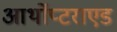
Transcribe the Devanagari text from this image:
आर्थोप्टराएड